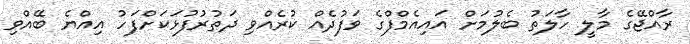
ރާއްޖޭގެ މާލީ ހާލަތު ބެލުމަށް އައިއެމްފްގެ ވަފުދެއް ކުރެއްވި ދަތުރުފުޅަކަށްފަހު އިއްޔެ ބޭއްވި